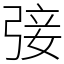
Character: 㢺